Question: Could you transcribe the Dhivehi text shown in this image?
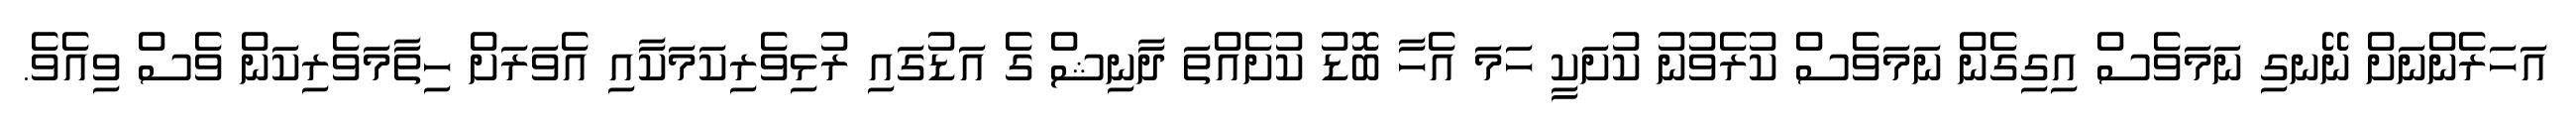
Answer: އަހަރެންނަށް ނޭނގި ނަމަވެސް އިގިގެން ނަމަވެސް ކުރެވުނު ކުށަކީ ހަމަ އެހާ ބޮޑު ކުށެއްތަ ދާނިޝް ގެ އަޑުގައި ރުޅިވެރިކަމަކާއި އެވަރަށް ހިތާމަވެރިކަން ވެސް ވިއެވެ.